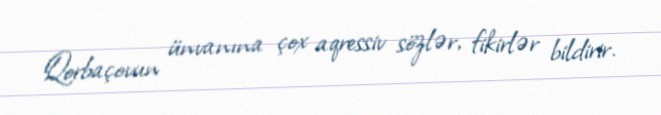
Qorbaçovun ünvanına çox aqressiv sözlər, fikirlər bildirir.